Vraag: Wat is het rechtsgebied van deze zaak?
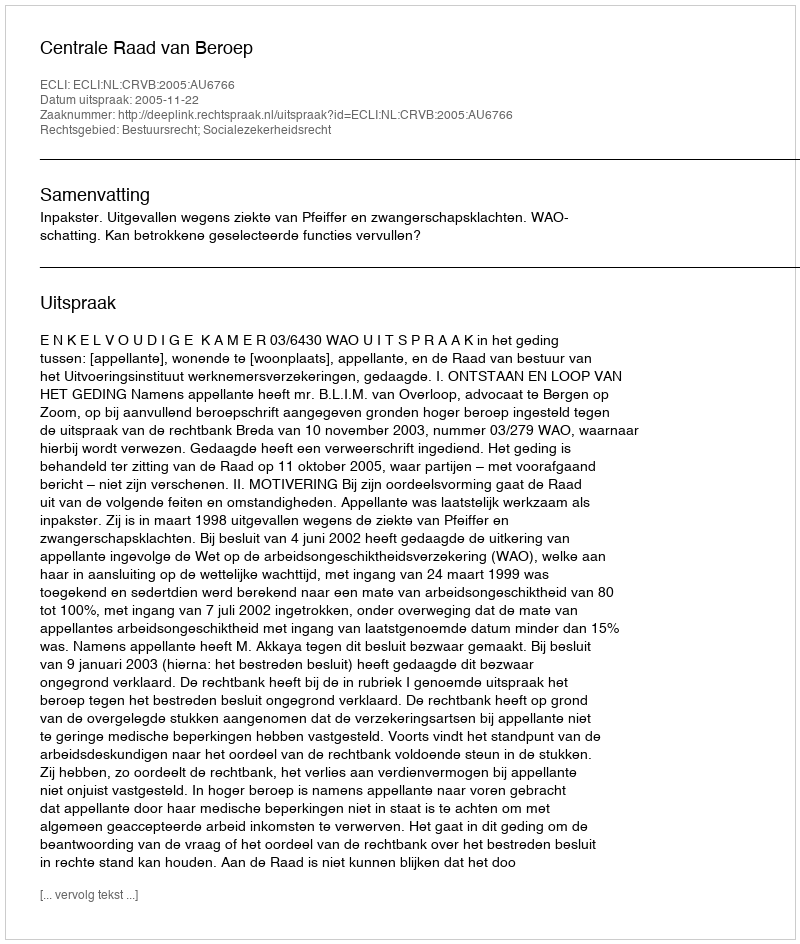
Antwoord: Bestuursrecht; Socialezekerheidsrecht